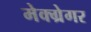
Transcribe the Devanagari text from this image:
मेक्ग्रेगर